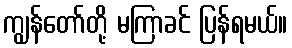
ကျွန်တော်တို့ မကြာခင် ပြန်ရမယ်။